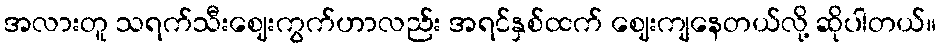
အလားတူ သရက်သီးဈေးကွက်ဟာလည်း အရင်နှစ်ထက် ဈေးကျနေတယ်လို့ ဆိုပါတယ်။